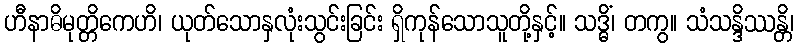
ဟီနာဓိမုတ္တိကေဟိ၊ ယုတ်သောနှလုံးသွင်းခြင်း ရှိကုန်သောသူတို့နှင့်။ သဒ္ဓိံ၊ တကွ။ သံသန္ဒိဿန္တိ၊